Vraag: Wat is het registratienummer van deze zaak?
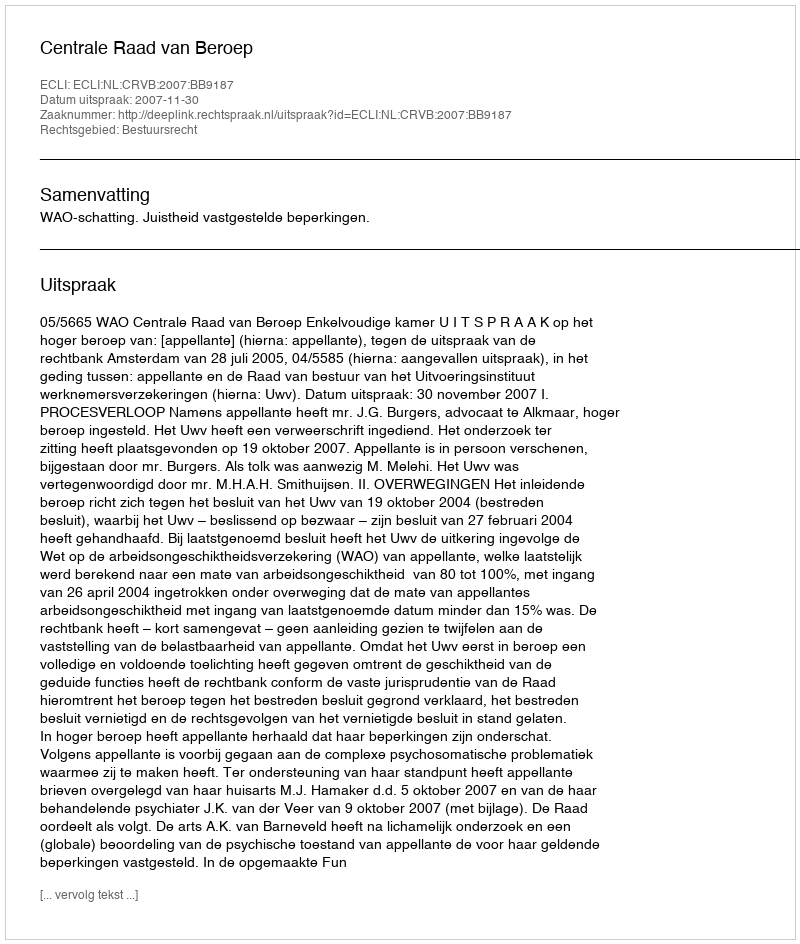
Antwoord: http://deeplink.rechtspraak.nl/uitspraak?id=ECLI:NL:CRVB:2007:BB9187